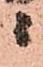
ニ